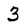
Character: 3